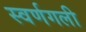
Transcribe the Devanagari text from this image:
स्वर्णगली